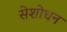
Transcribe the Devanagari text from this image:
सेशोधन